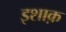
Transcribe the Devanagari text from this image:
इशाक़